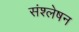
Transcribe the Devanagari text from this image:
संश्लेषन